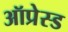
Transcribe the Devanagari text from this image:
ऑप्रेस्ड